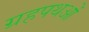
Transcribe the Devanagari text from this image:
ग्रहपथओं